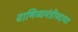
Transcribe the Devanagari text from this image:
वाणिज्यमंत्रीपदाच्या